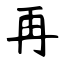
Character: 再